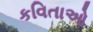
કવિતાઓ